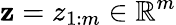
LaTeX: \textbf{z}=z_{1:m}\in\mathbb{R}^{m}